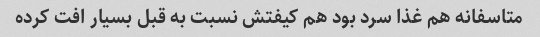
متاسفانه هم غذا سرد بود هم کیفتش نسبت به قبل بسیار افت کرده